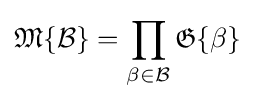
{\mathfrak {M}}\{{\mathcal {B}}\}=\prod _{\beta \in {\mathcal {B}}}{\mathfrak {G}}\{\beta \}